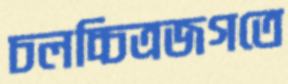
চলচ্চিত্রজগতে